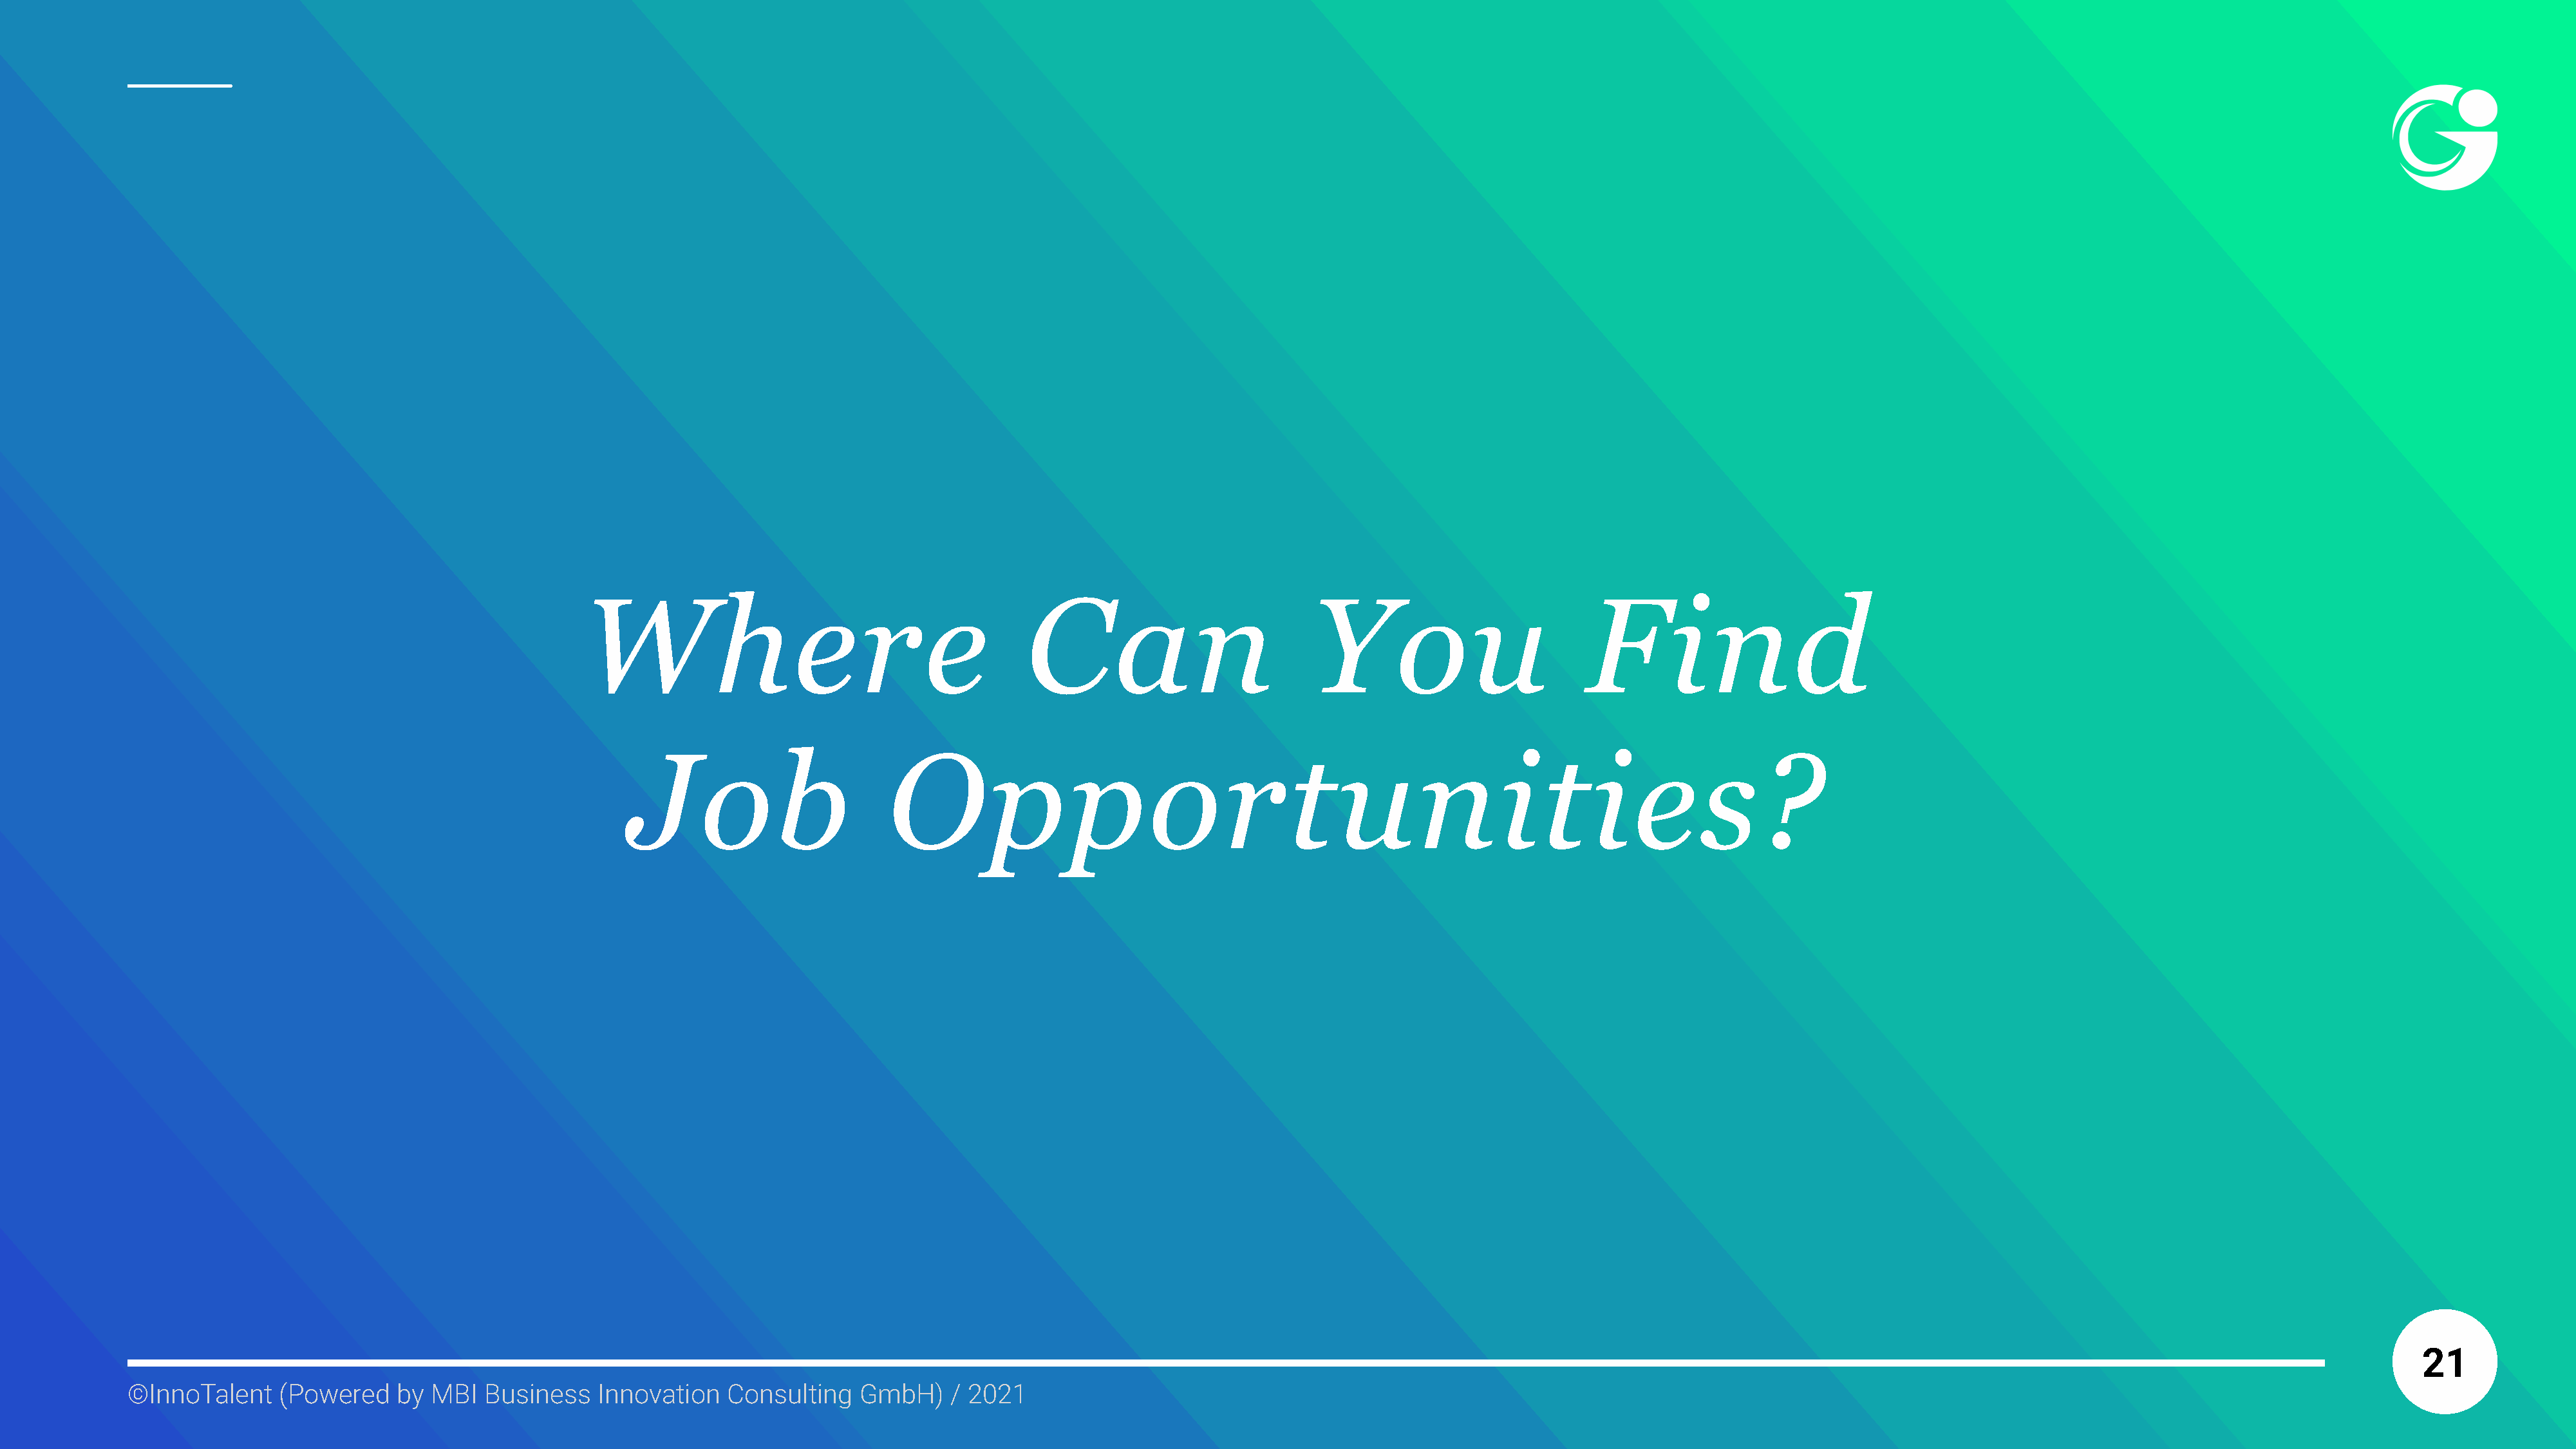
Where                                        Can                           You                         Find
 Job                       Opportunities?
 21
 ©InnoTalent     (Powered    by MBI   Business   Innovation    Consulting   GmbH)     / 2021